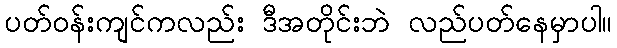
ပတ်ဝန်းကျင်ကလည်း ဒီအတိုင်းဘဲ လည်ပတ်နေမှာပါ။